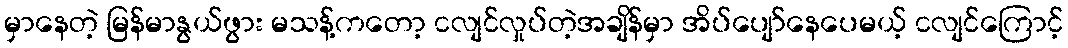
မှာနေတဲ့ မြန်မာနွယ်ဖွား မသန့်ကတော့ ငလျင်လှုပ်တဲ့အချိန်မှာ အိပ်ပျော်နေပေမယ့် ငလျင်ကြောင့်